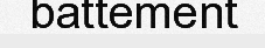
battement